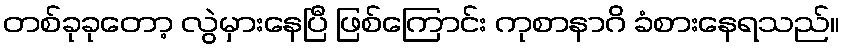
တစ်ခုခုတော့ လွဲမှားနေပြီ ဖြစ်ကြောင်း ကုစာနာဂိ ခံစားနေရသည်။